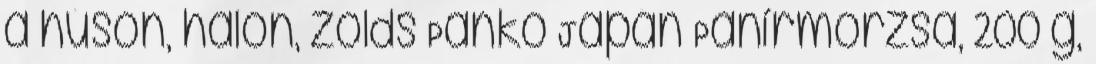
a húson, halon, zölds Panko Japán Panírmorzsa, 200 g,